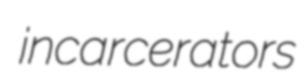
incarcerators